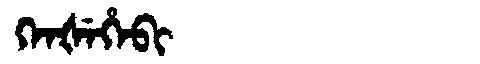
Manchu: ᡴᡝᠨᡧᡝᡥᡝᠪᡳ
Romanization: KENŠEHEBI